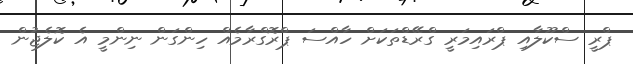
ޕްރީ ސްކޫލާއި ޕްރައިމަރީ ގްރޭޑްތަކަށް ހާއްސަ ޕްރޮގްރާމެއް ހިންގަން ނިންމީީ އެ ކޮލެޖުން